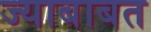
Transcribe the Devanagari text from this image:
ज्याबाबत